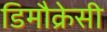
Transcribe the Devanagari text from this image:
डिमौक्रेसी